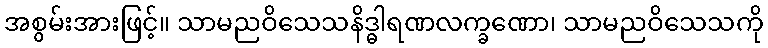
အစွမ်းအားဖြင့်။ သာမညဝိသေသနိဒ္ဓါရဏလက္ခဏော၊ သာမညဝိသေသကို